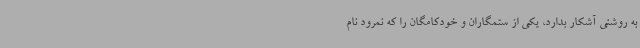
به روشنی آشکار بدارد، یکی از ستمگاران و خودکامگان را که نمرود نام